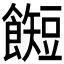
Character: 𱃰